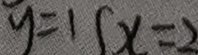
y = 1 1 x = 2